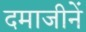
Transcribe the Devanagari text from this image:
दमाजीनें